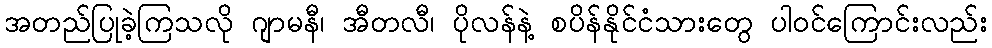
အတည်ပြုခဲ့ကြသလို ဂျာမနီ၊ အီတလီ၊ ပိုလန်နဲ့ စပိန်နိုင်ငံသားတွေ ပါဝင်ကြောင်းလည်း